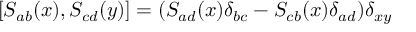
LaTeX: \left[ S _ { a b } ( x ) , S _ { c d } ( y ) \right] = ( S _ { a d } ( x ) \delta _ { b c } - S _ { c b } ( x ) \delta _ { a d } ) \delta _ { x y }